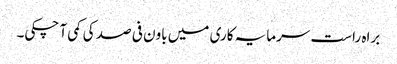
براہ راست سرمایہ کاری میں باون فی صد کی کمی آ چکی۔